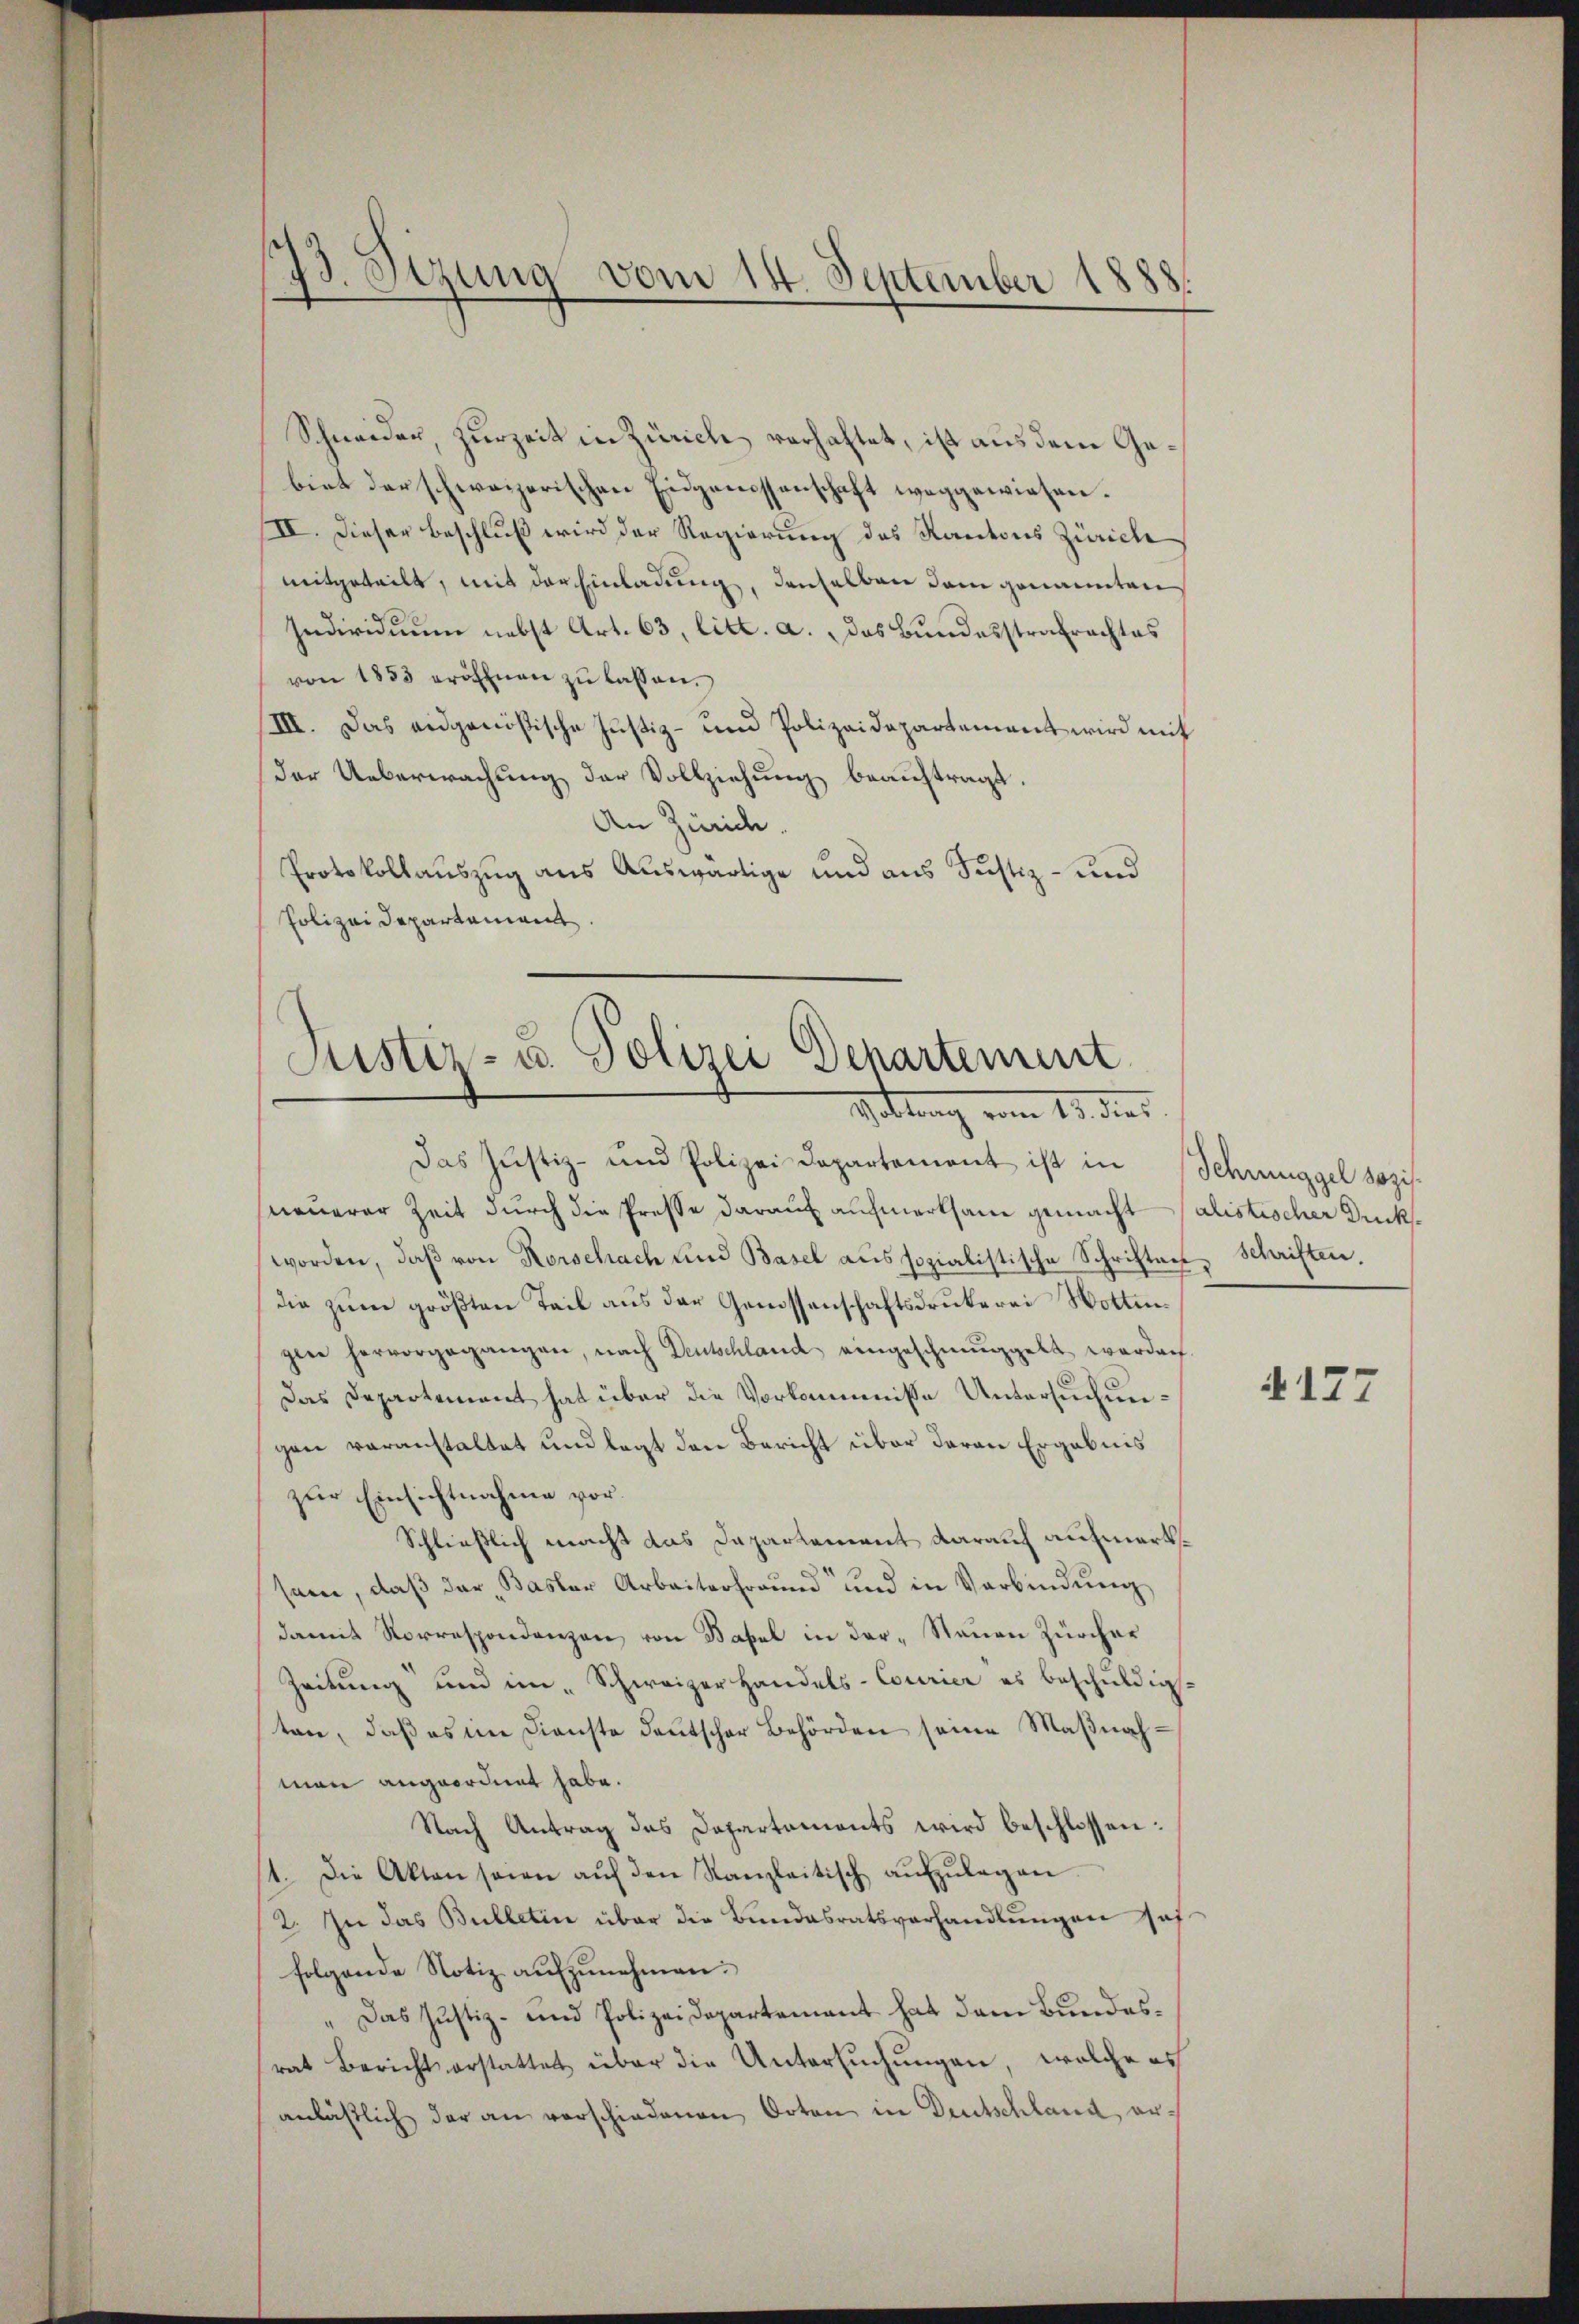
23. Sezung vom 14. September 1888.

Schneider, zurzeit in Zürich verhaltet, ist aus dem Gebiet der schweizerischen Eidgenossenschaft weggewiesen.
II. Dieser Beschluß wird der Regierung des Kantons Zürich
mitgeteilt, mit der Einladung, denselben dem genannten
Individuum nebst Art. 63, litt. a. das Bundesstrafrachtes
von 1853 eröffnen zŭ lassen.
III. Das eidgenößische Justiz- und Polizeidepartement wird mit
der Ueberwachŭng der Vollziehŭng beaŭftragt.
An Zürich.
Protokollauszug aus Auswärtige und aus Justiz- und
Polizei Departement

Puster- u. Polizei Departement
Gattung vom 19. dies

Das Justiz- und Polizei Departement ist in Schmuggel sozis-
neuerer Zeit durch die Presse darauf aufmerksam gemacht (alistischer Ducksworden, daß von Rorschach und Basel aus sozialistische Schriften Schriften.
die zum größten Teil aus der Genossenschaftsdrukerei Wottingee hervorgegangen, nach Deutschland eingeschmuggelt werden.
Das Departement hat über die Vorkommisse Untersuchungen voranstaltet und legt den Bericht über daran Ergebnis
zur Einsichtnahme vor.
Schließlich macht das Dapartement darauf aufmerksam, daß der Basler Arbeiterfreund und in Verbindung
damit Vorrespondenzen von Basel in der Stauen Zürcher
Zeitung und im "Schweizer Handels-Courier es beschŭldig
ten, daß es im Dienste deutscher Behörden seine Maßnahman angeordnet habe.
Nach Antrag des Departements wird beschlossen:
11. Die Akten seien aŭf den Kanzleitisch aŭfzŭlagen.
2. In das Bulletin über die Bundesratsverhandlungen sof
folgende Notiz aŭfzŭnehmen.
Das Justiz- und Polizeidepartement hat dem Bundesrat Bericht erstattet über die Untersuchungen, welche es
anlässlich der an verschiedenen Orten in Deutschland, er¬

4127